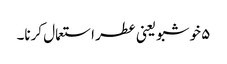
۵ خوشبو یعنی عطر استعمال کرنا۔